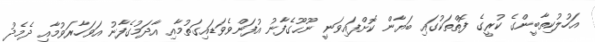
އަހުލުކިތާބީންގެ ކުރީގެ ފޮތްތަކުގައި ބަޔާން ކޮށްފައިވަނީ ނޫޙޫގެފާނު އުފަންވެވަޑައިގަތުމާއި އާދަމުގެފާނު އަވަހާރަވުމާއި ދެމެދު